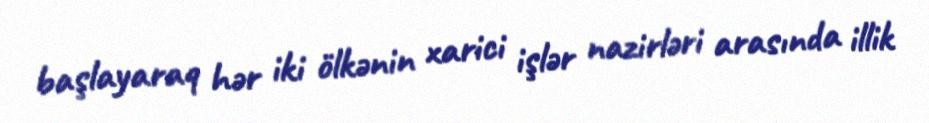
başlayaraq hər iki ölkənin xarici işlər nazirləri arasında illik